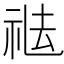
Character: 𥙒